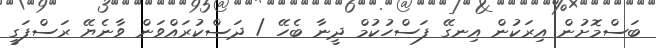
ބަސްމޮށުން އިރަކުން އިނގޭ ފަސްހުކުމް ދީނާ ބެހޭ / ދަސްކުރައްވަން ވާނެޔޭ ރަސްފަގީ